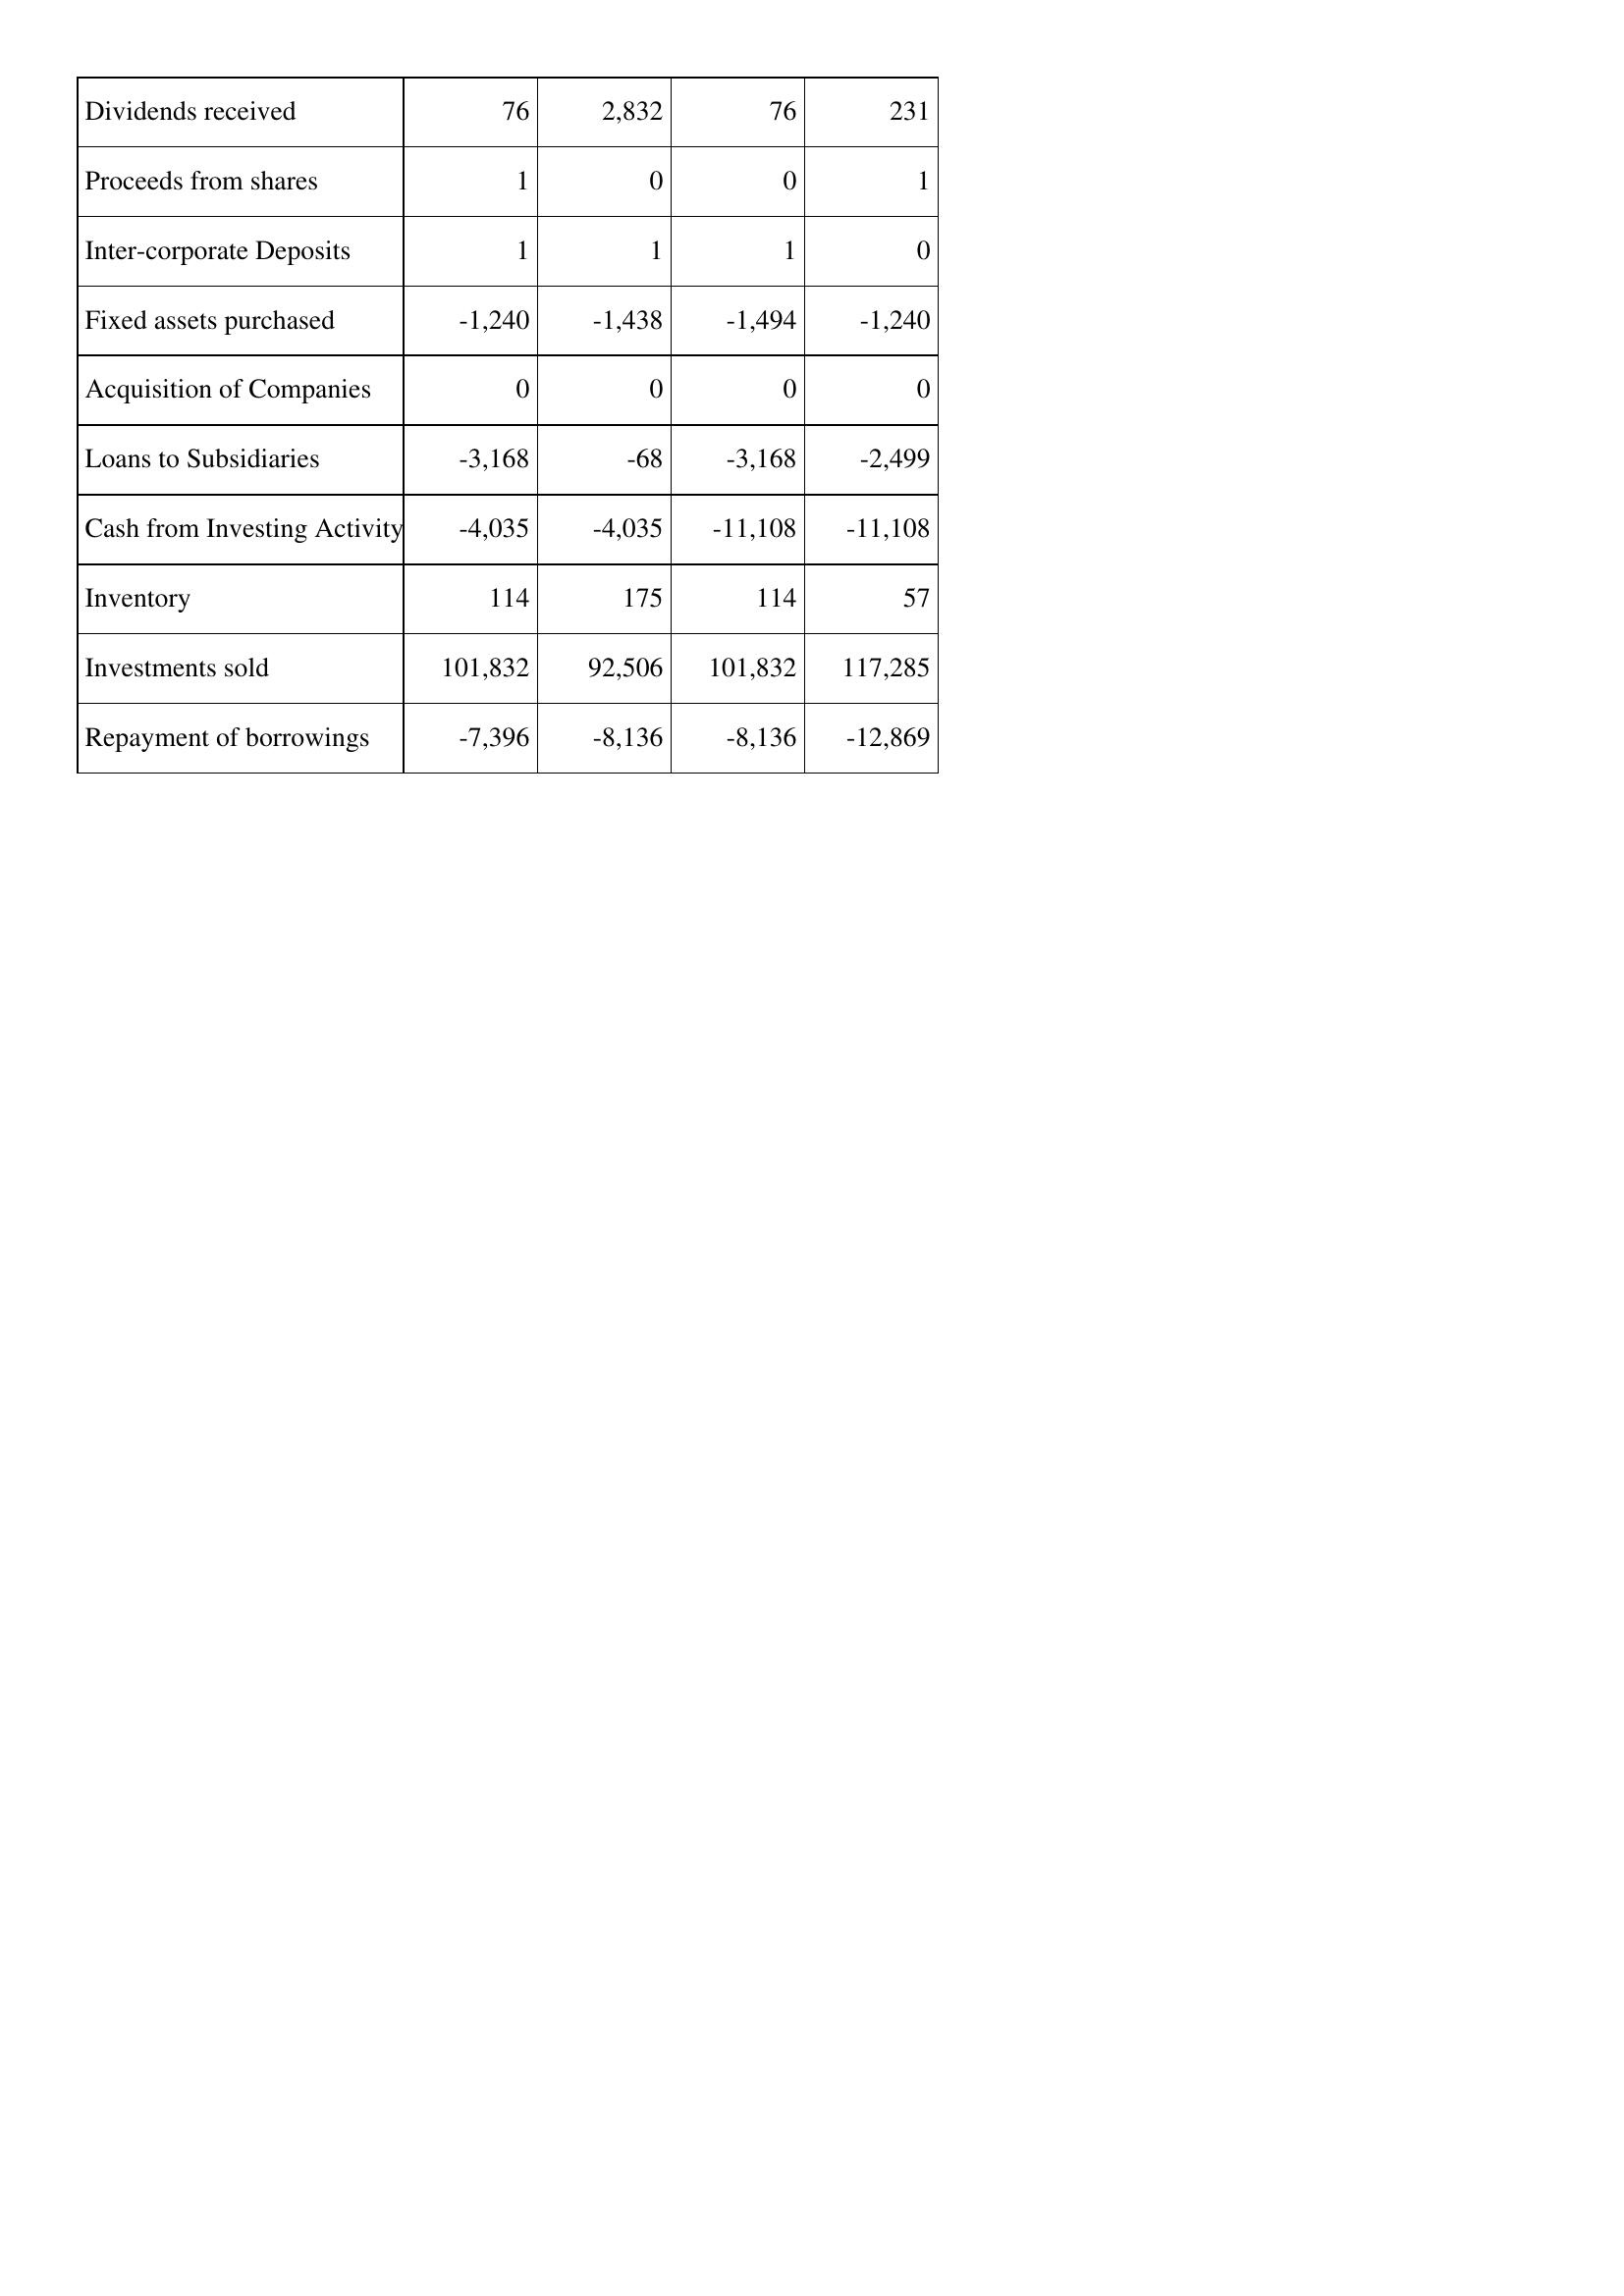
May-96: Cash Flows: Dividends received: 76
Proceeds from shares: 1
Inter-corporate Deposits: 1
Fixed assets purchased: -1,240
Acquisition of Companies: 0
Loans to Subsidiaries: -3,168
Cash from Investing Activity: -4,035
Inventory: 114
Investments sold: 101,832
Repayment of borrowings: -7,396
May-95: Cash Flows: Dividends received: 2,832
Proceeds from shares: 0
Inter-corporate Deposits: 1
Fixed assets purchased: -1,438
Acquisition of Companies: 0
Loans to Subsidiaries: -68
Cash from Investing Activity: -4,035
Inventory: 175
Investments sold: 92,506
Repayment of borrowings: -8,136
May-94: Cash Flows: Dividends received: 76
Proceeds from shares: 0
Inter-corporate Deposits: 1
Fixed assets purchased: -1,494
Acquisition of Companies: 0
Loans to Subsidiaries: -3,168
Cash from Investing Activity: -11,108
Inventory: 114
Investments sold: 101,832
Repayment of borrowings: -8,136
May-93: Cash Flows: Dividends received: 231
Proceeds from shares: 1
Inter-corporate Deposits: 0
Fixed assets purchased: -1,240
Acquisition of Companies: 0
Loans to Subsidiaries: -2,499
Cash from Investing Activity: -11,108
Inventory: 57
Investments sold: 117,285
Repayment of borrowings: -12,869